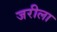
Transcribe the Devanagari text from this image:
जरीला